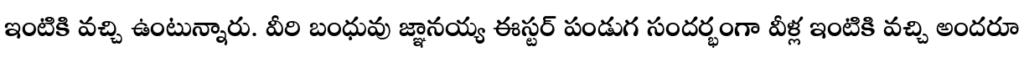
ఇంటికి వచ్చి ఉంటున్నారు. వీరి బంధువు జ్ఞానయ్య ఈస్టర్ పండుగ సందర్భంగా వీళ్ల ఇంటికి వచ్చి అందరూ